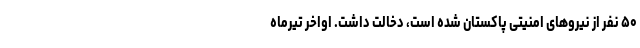
۵۰ نفر از نیروهای امنیتی پاکستان شده است، دخالت داشت. اواخر تیرماه